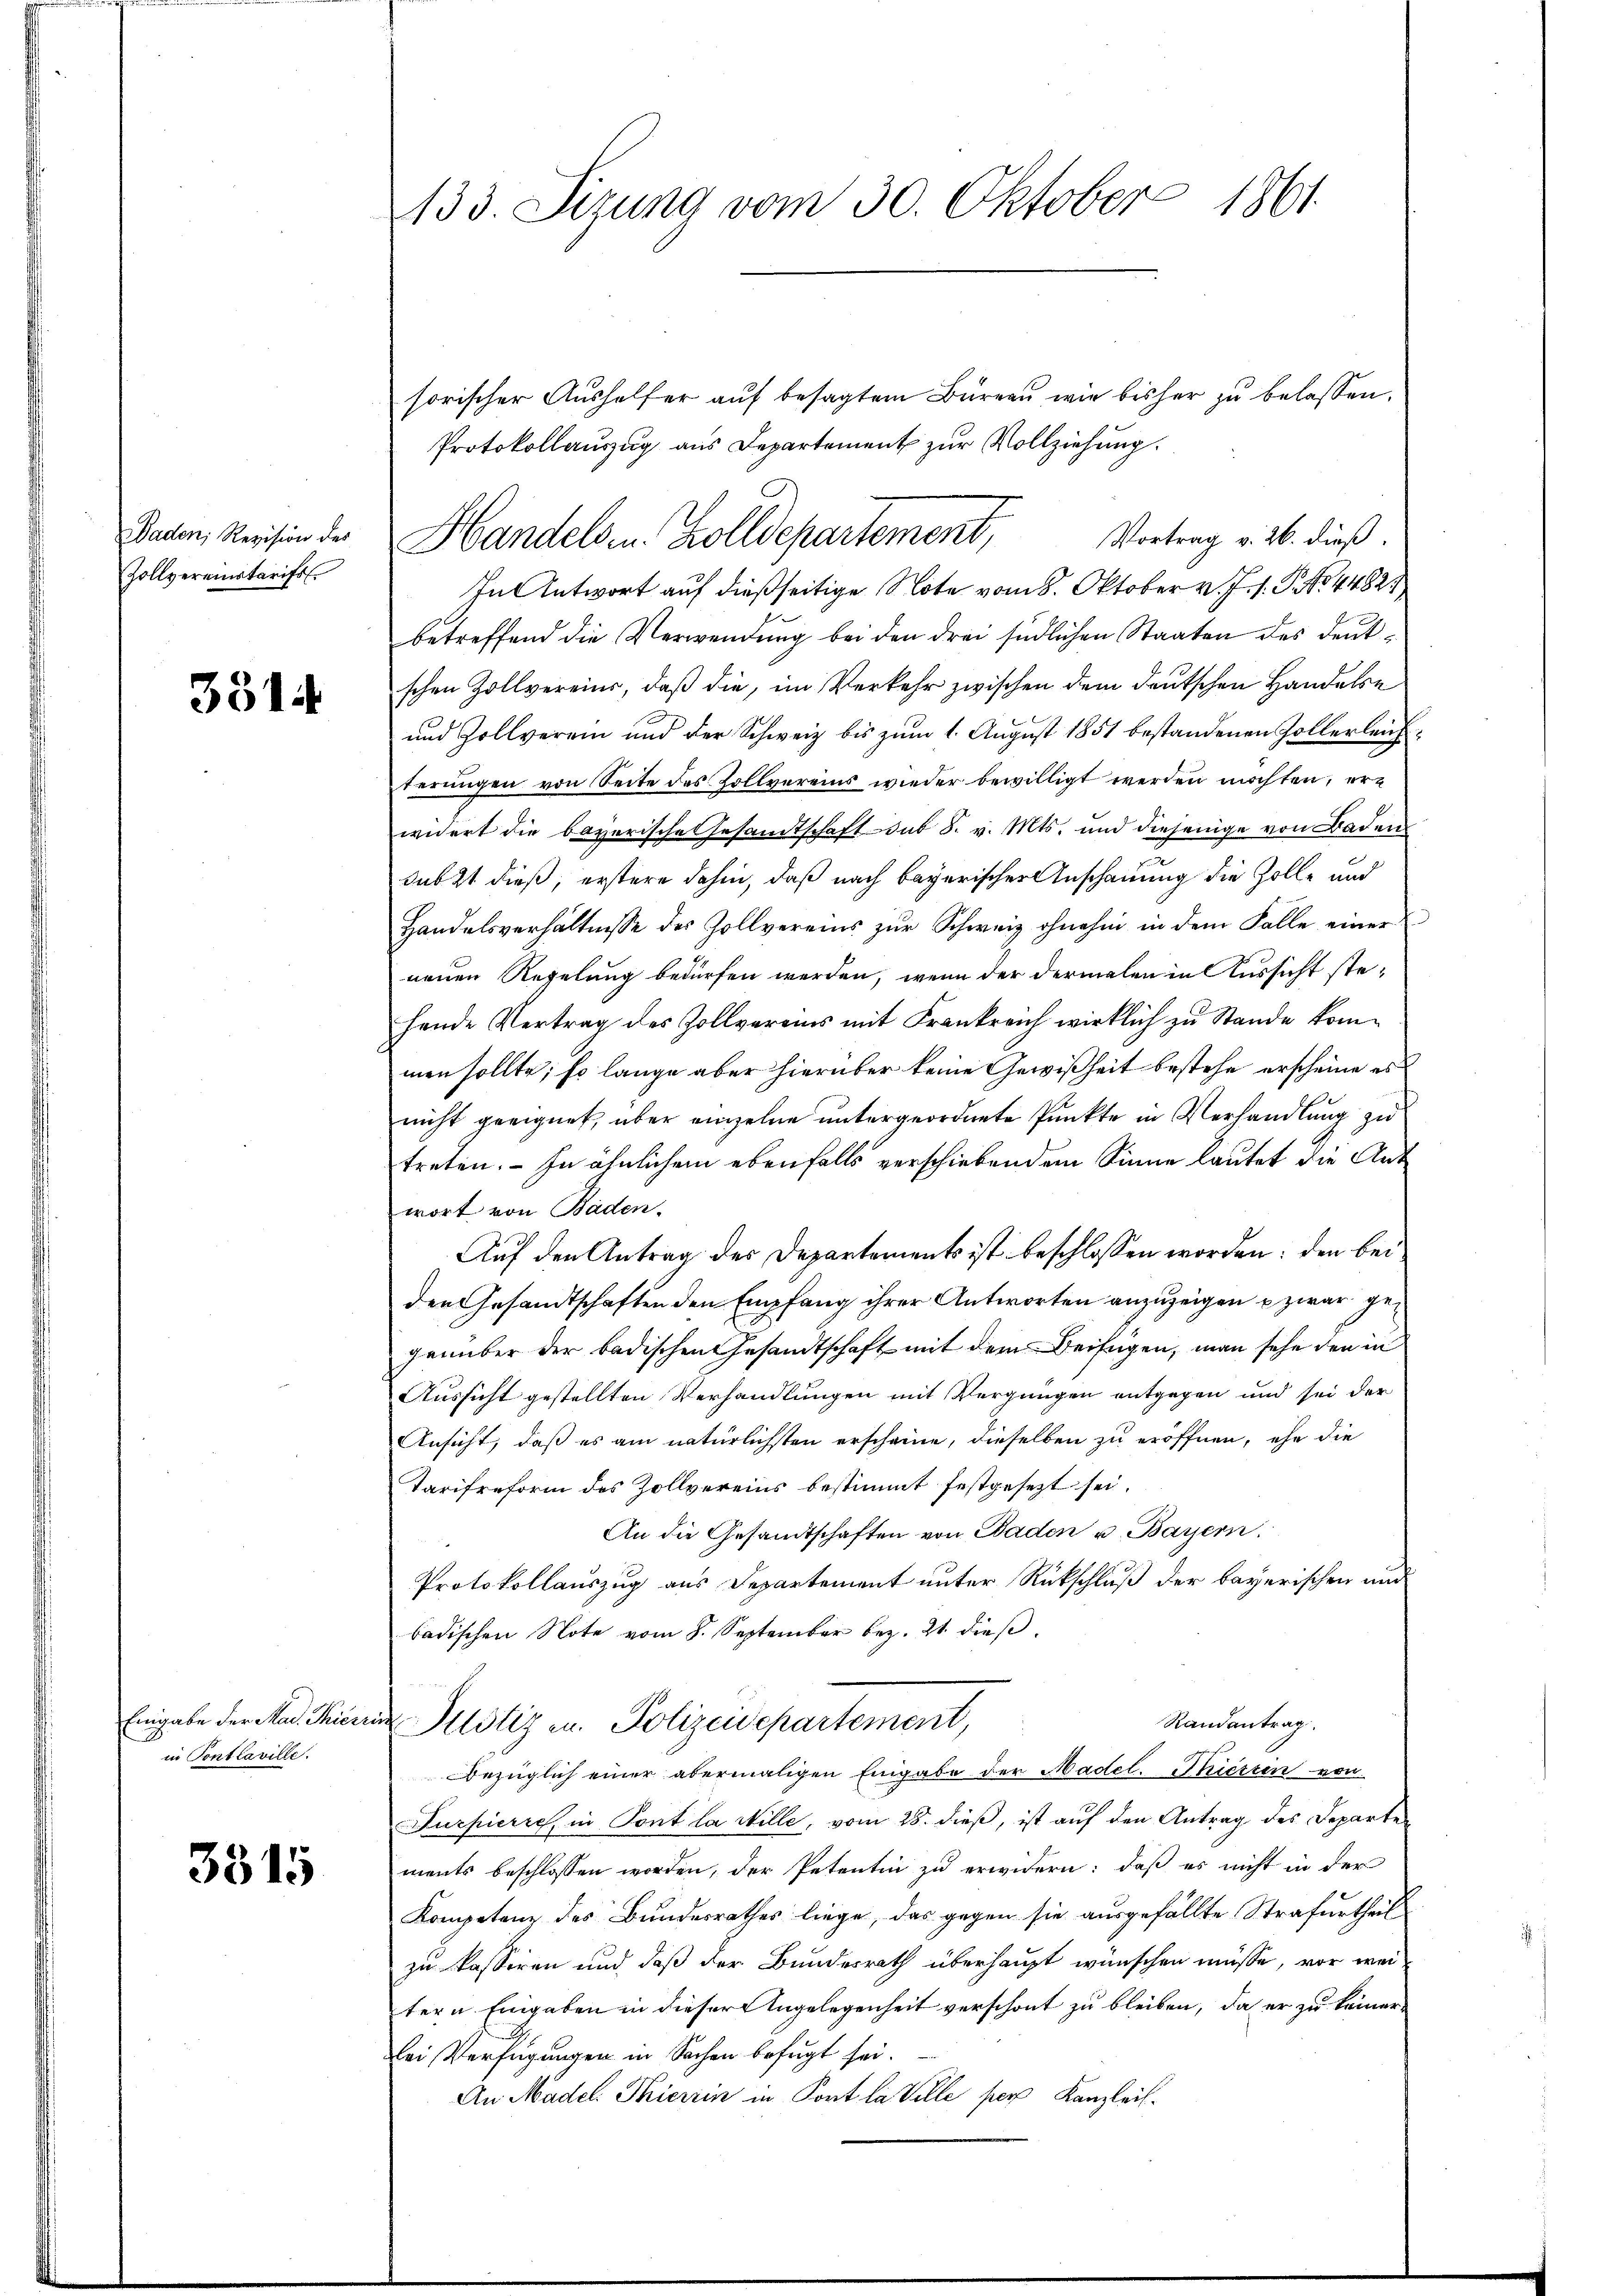
Baden, Revision des
Zollvereinatarift

3514

Eingabe der Mad. Thierin Pontlaville.

3515

133. Sizung vom 30. Oktober 1861.

sorischer Aushelfer auf besagtem Büreau wie bisher zu belassen.
Protokollauszug aus Departement zur Vollziehung.
In Antwort auf dießseitige Note vom 8. Oktober v. J. 1. P. Nr. 44821
betreffend die Verwendung bei den drei südlichen Staaten des deutschen Zollvereins, daß die, im Verkehr zwischen dem deutschen Handelse
und Zollverein und der Schweiz bis zum 1. August 1851 bestandenen Zollerleichterungen von Seite des Zollvereins wieder bewilligt werden möchten, erwidert die bayerische Gesandtschaft sub S. v. Mts. und diejenige von Baden
sub 2t dieß, erstere dahin, daß nach bayerischer Anschauung die Zolle und
Handelsverhältnisse des Zollvereins zŭr Schweiz ohnehin in dem Falle einer
neuen Regelung bedürfen werden, wenn der dermalen in Aussicht stehende Vertrag des Zollvereins mit Frankreich wirklich zu Stande kommen sollte; so lange aber hierüber keine Gewißheit bestehe erscheine es
nicht geeignet, aber anzelne untergeordnete Punkte in Verhandlung zu
treten. – In ähnlichem ebenfalls verschiebendem Sinne lautet die Ant
wort von Baden.
Auf den Antrag der Departements ist beschlossen worden; den bei
der Gesandtschaften den Empfang ihrer Antworten anzuzeigen u zwar gegenüber der badischen Gesandtschaft mit dem Beifügen, man sehe den in
Aussicht gestellten Verhandlungen mit Vergnügen entgegen und sei der
Ansicht, daß es am natürlichsten erscheine, dieselben zu eröffnen, ehe die
Tarifreform des Zollvereins bestimmt festgesezt sei.
An die Gesandtschaften von Baden u. Bayern.
Protokollauszug aus Departement unter Rückschluß der bayerischen und
badischen Note vom 8. September bez. 21. dieß
Randantrag.
in Justiz u. Polizeidepartement,
Bezüglich einer abermaligen Eingabe der Madel. Phiessen von
Furpierech, in Pont la Wille, vom 28. dieß, ist auf den Antrag des Departen
ments beschlossen worden, der Petentin zu erwidern: daß es nicht in der
Kompetenz des Bundesrathes liege, das gegen sie ausgefällte Strafurtheil
zu kasseren und daß der Bundesrath überhaupt wünschen müsse, vor weitern Eingaben in dieser Angelegenheit verschont zu bleiben, da er zu keinerlei Verfügungen in Sachen befugt sei.
An Madel. Thierin in Pont la Ville per Kanzleit¬

Handels u. Zolldepartement, Vortrag v. 26. dieß.